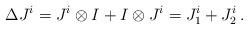
LaTeX: \begin{align*}\Delta J^i = J^i \otimes I + I \otimes J^i = J_1^i +J_2^i \,.\end{align*}